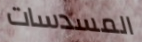
المسدسات